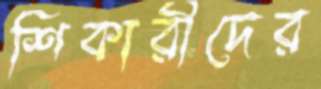
শিকারীদের